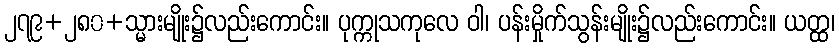
၂၇၉+၂၈၀+သ္မားမျိုး၌လည်းကောင်း။ ပုက္ကုသကုလေ ဝါ၊ ပန်းမှိုက်သွန်းမျိုး၌လည်းကောင်း။ ယတ္ထ၊